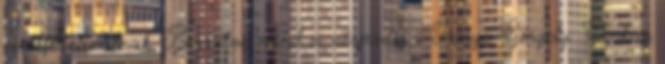
minifesztiválnak. Beszélve mind a vérpadig - Fonyó Gergely: Ocskay